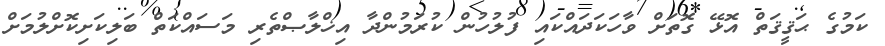
ކަމުގެ ޙަޤީޤަތް އޮޅޭ ގޮތަށް ވާހަކަދައްކައި ފުލުހުން ކުރަމުންދާ އިޚްލާޞްތެރި މަސައްކަތް ބަލިކަށިކޮށްލުމަށް